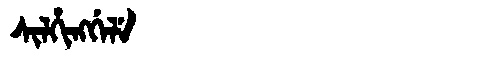
Manchu: ᠰᡳᠯᡥᡳᠩᡤᡝᠯᡝ
Romanization: SILHINGGELE